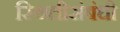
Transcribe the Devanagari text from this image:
स्थितीसंबंधी